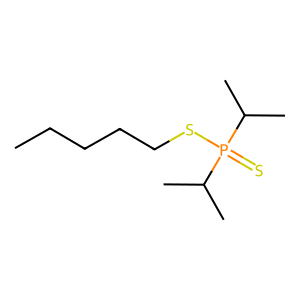
SMILES: CCCCCSP(=S)(C(C)C)C(C)C
Inhibits HIV replication: No